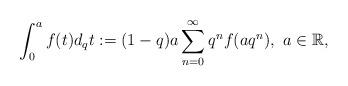
LaTeX: \begin{align*} \int_0^a f(t)d_qt:=(1-q)a\sum_{n=0}^\infty q^n f(aq^n) ,\,\,a\in\mathbb R,\end{align*}